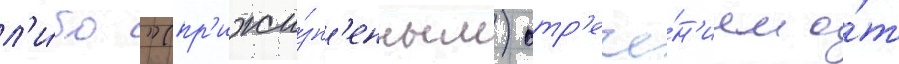
л'и́бо "(пр'ижи́зн'енным) отр'ече́н'ием о́т